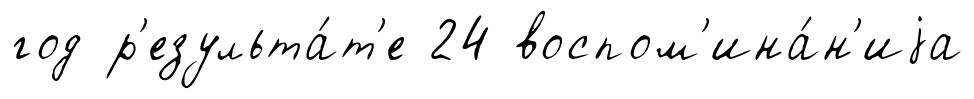
год р'езульта́т'е 24 воспом'ина́н'иjа